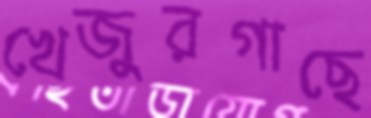
খেজুরগাছে